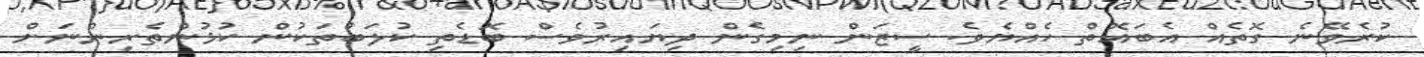
ކުރެވޭނެ ގޮތެއް އެބައޮތް ހެއްޔެވެ. ސީޒަން ނިމިގެން ދިޔައިރުވެސް ބޮޑެތި ކުލަބުތަކުން ކުޅުންތެރިންނަށް